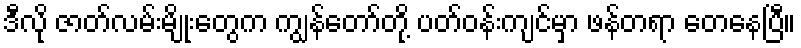
ဒီလို ဇာတ်လမ်းမျိုးတွေက ကျွန်တော်တို့ ပတ်ဝန်းကျင်မှာ ဖန်တရာ တေနေပြီ။